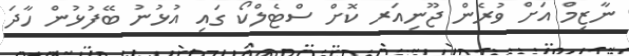
ނާޒިމް އަށް ވުރެން ޖޫނިއަރ ކޮށް ސްޓެލްކޯ ގައި އުޅުނު ބޭފުޅުން ހާދަ